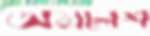
অমলেশ